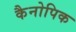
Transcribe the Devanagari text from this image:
कैनोपिक